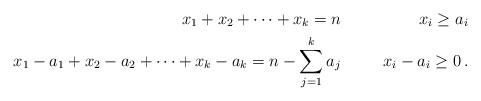
LaTeX: \begin{align*}x_{1} + x_{2} + \dots + x_{k} = n & & x_{i} \geq a_{i} \\x_{1} - a_{1} + x_{2} - a_{2} + \dots + x_{k} - a_{k} = n - \sum_{j=1}^{k} a_{j} & & x_{i} - a_{i} \geq 0 \,.\end{align*}